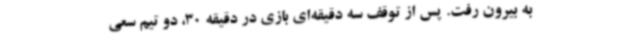
به بیرون رفت. پس از توقف سه دقیقه‌ای بازی در دقیقه 30، دو تیم سعی